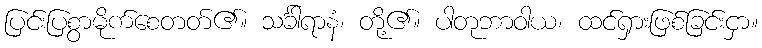
ပြင်းပြစွာမိုက်စေတတ်၏။ သင်္ခါရာနံ၊ တို့၏။ ပါတုဘာဝါယ၊ ထင်ရှားဖြစ်ခြင်းငှာ။